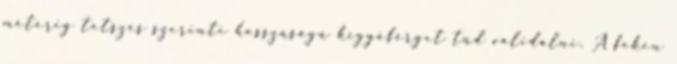
méterig tetszés szerinti hosszúságú kígyóférget tud validálni. A féken